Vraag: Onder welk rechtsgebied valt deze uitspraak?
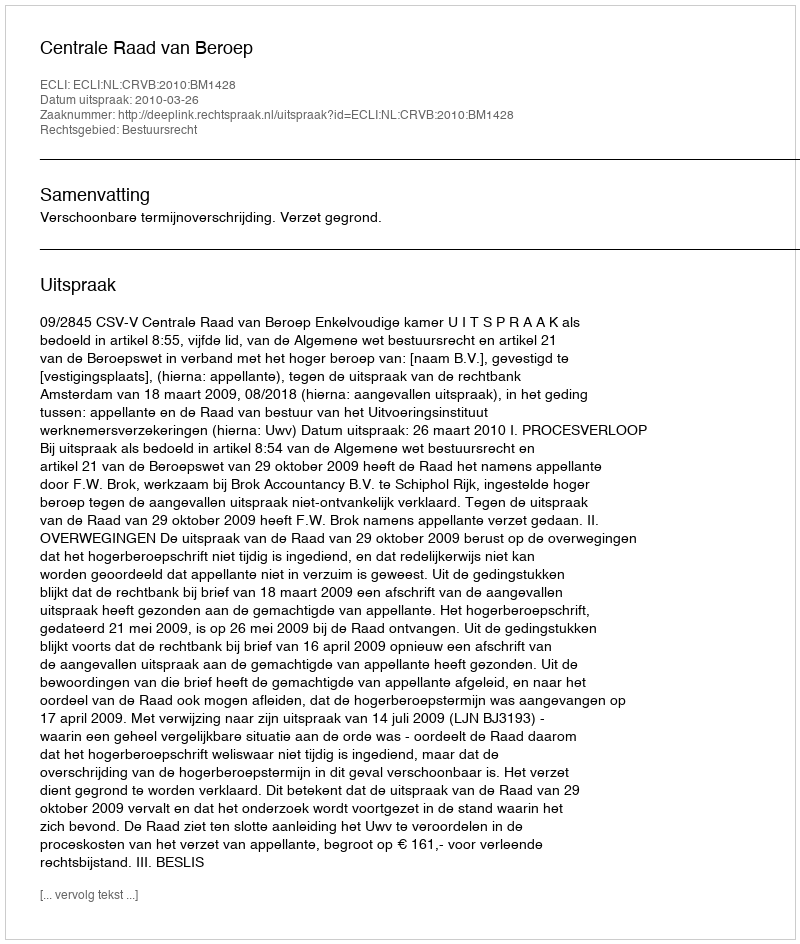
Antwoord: Bestuursrecht